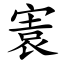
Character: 㝨